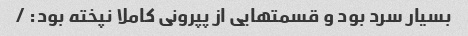
بسیار سرد بود و قسمتهایی از پپرونی کاملا نپخته بود: /